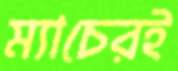
ম্যাচেরই